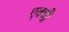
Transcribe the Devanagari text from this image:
एक्वी